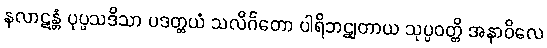
နလာဋန္တံ ပုပ္ဖသဒိသာ ပဒတ္တယံ သလိင်္ဂတော ပါရိဘဋျတာယ သုပ္ပဝတ္တိ အနာဝိလေ